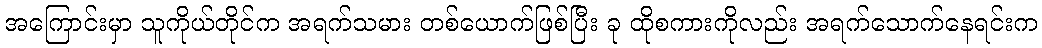
အကြောင်းမှာ သူကိုယ်တိုင်က အရက်သမား တစ်ယောက်ဖြစ်ပြီး ခု ထိုစကားကိုလည်း အရက်သောက်နေရင်းက